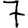
Digit: 7